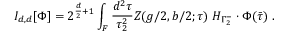
I _ { d , d } [ \Phi ] = 2 ^ { \frac { d } { 2 } + 1 } \int _ { { \cal F } } \frac { d ^ { 2 } \tau } { \tau _ { 2 } ^ { 2 } } Z ( g / 2 , b / 2 ; \tau ) ~ H _ { \Gamma _ { 2 } ^ { - } } \cdot \Phi ( \bar { \tau } ) \ .